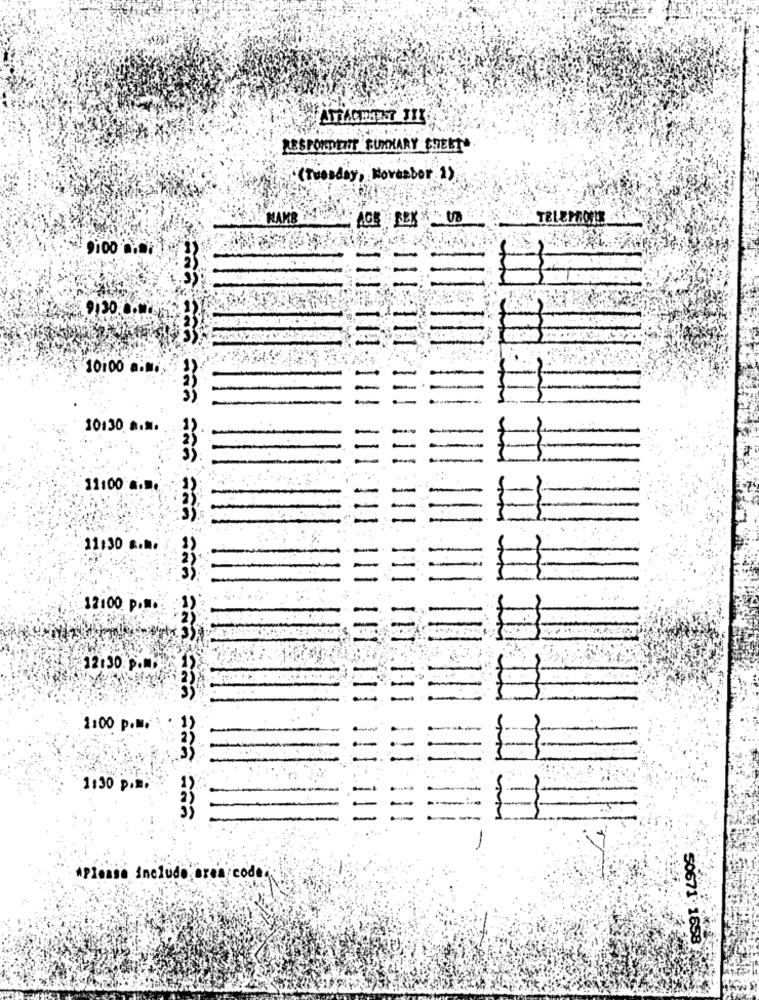
RESPONDEHIT SUMMARY CHEET*
:( Tuesday, November 1)
MAMB
AGE
TELEPHONE
10:00 a:m .;
10:30 a.M.
11:00 ....
11:30 & ...
17:00 P.M.
12:30 p.M.
2:00 p.M.
1:30 p.m.
--------- - -
*Please include eren/code:
50671'1658